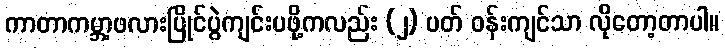
ကာတာကမ္ဘာ့ဖလားပြိုင်ပွဲကျင်းပဖို့ကလည်း (၂) ပတ် ဝန်းကျင်သာ လိုတော့တာပါ။